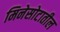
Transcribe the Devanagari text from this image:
मिनेसोटातील